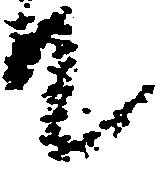
て